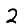
Digit: 2